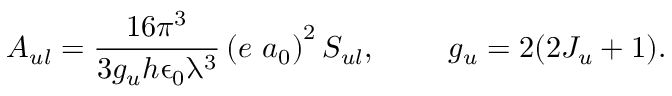
A _ { u l } = \frac { 1 6 \pi ^ { 3 } } { 3 g _ { u } h \upepsilon _ { 0 } \uplambda ^ { 3 } } \left( e \ a _ { 0 } \right) ^ { 2 } S _ { u l } , \ \ \ \ \ \ \ g _ { u } = 2 ( 2 J _ { u } + 1 ) .